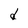
Character: d